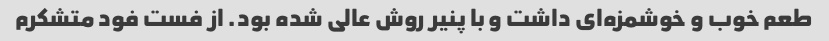
طعم خوب و خوشمزه‌ای داشت و با پنیر روش عالی شده بود. از فست فود متشکرم